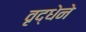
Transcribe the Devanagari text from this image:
वृद्धेने